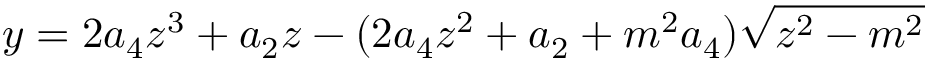
y = 2 a _ { 4 } z ^ { 3 } + a _ { 2 } z - ( 2 a _ { 4 } z ^ { 2 } + a _ { 2 } + m ^ { 2 } a _ { 4 } ) \sqrt { z ^ { 2 } - m ^ { 2 } }